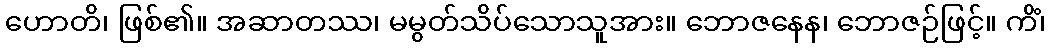
ဟောတိ၊ ဖြစ်၏။ အဆာတဿ၊ မမွတ်သိပ်သောသူအား။ ဘောဇနေန၊ ဘောဇဉ်ဖြင့်။ ကိံ၊